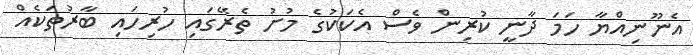
އެނޫނިއްޔާ ހަމަ ދާނީ ކުރިން ވެސް އެކަކުގެ މުށު ތެރޭގައި ހުރިހައި ބާރުތަކެއް